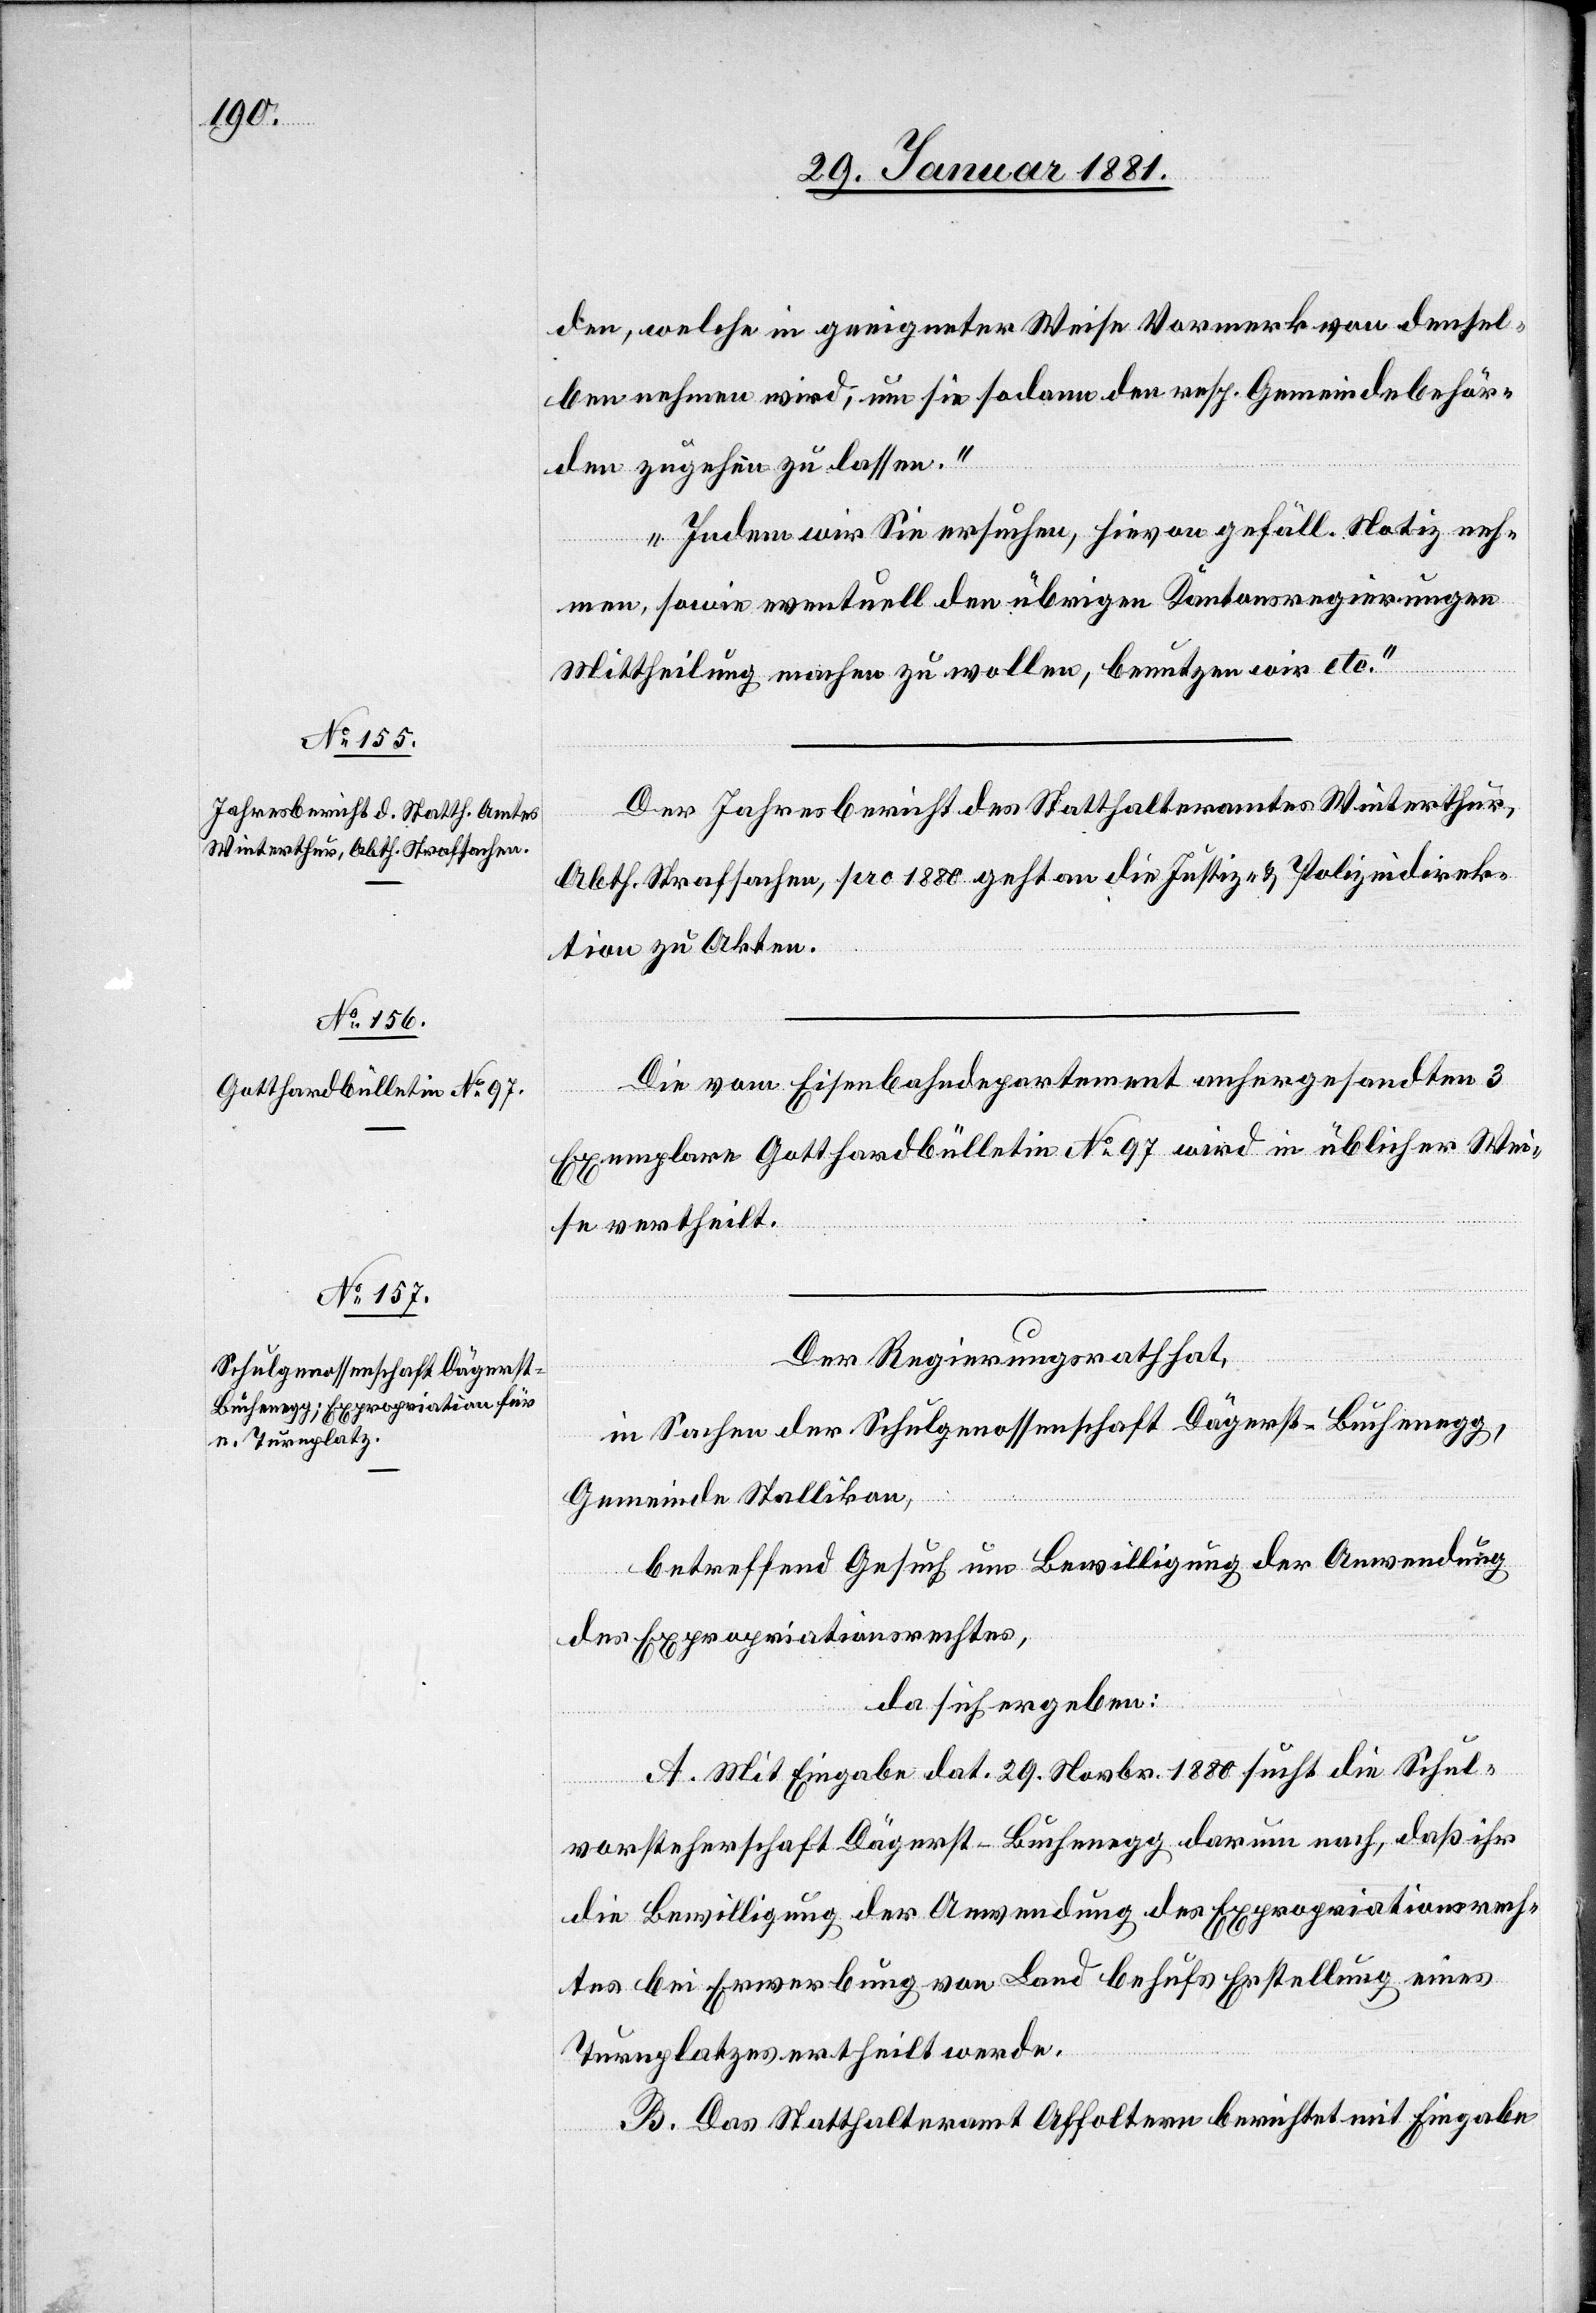
den, welche in geeigneter Weise Vormerk von densel¬
ben nehmen wird, um sie sodann den resp. Gemeindebehör¬
den zugehen zu lassen.“
„Indem wir Sie ersuchen, hievon gefäll. Notiz neh¬
men, sowie eventuell den übrigen Kantonsregierungen
Mittheilung machen zu wollen, benutzen wir etc.“
Der Jahresbericht des Statthalteramtes Winterthur,
Abth. Strafsachen, pro 1880 geht an die Justiz- & Polizeidirek¬
tion zu Akten.
Die vom Eisenbahndepartment anhergesandten 3
Exemplare Gotthardbulletin No 97 wird in üblicher Wei¬
se vertheilt.
Den Regierungsrath hat,
in Sachen der Schulgenossenschaft Dägerst-Buchenegg,
Gemeinde Stallikon,
betreffend Gesuch um Bewilligung der Anwendung
des Expropriationsrechtes,
da sich ergeben:
A. Mit Eingabe dat. 29. Novbr. 1880 sucht die Schul¬
vorsteherschaft Dägerst-Buchenegg darum nach, daß ihr
die Bewilligung der Anwendung des Expropriationsrech¬
tes bei Erwerbung von Land behufs Erstellung eines
Turnplatzes ertheilt werde.
B. Das Statthalteramt Affoltern berichtet mit Eingabe